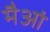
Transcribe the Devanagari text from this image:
मैआं